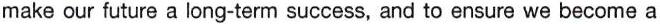
make our future a long-term success, and to ensure we become a